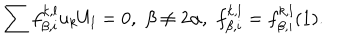
\sum f _ { \beta , i } ^ { k , l } u _ { k } U _ { l } = 0 , \, \, \beta \not = 2 \alpha , \, \, f _ { \beta , i } ^ { k , l } = f _ { \beta , i } ^ { k , l } ( 1 ) .